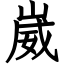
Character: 崴